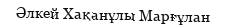
Әлкей Хақанұлы Марғұлан